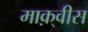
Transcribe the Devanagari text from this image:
माक़्वीस